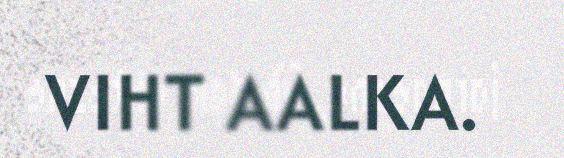
VIHT AALKA.